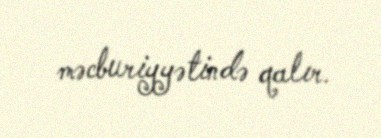
məcburiyyətində qalır.